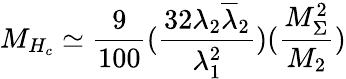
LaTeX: M_{H_{c}}\simeq\frac{9}{100}(\frac{32\lambda_{2}\overline{{{\lambda}}}_{2}}{\lambda_{1}^{2}})(\frac{M_{\Sigma}^{2}}{M_{2}})